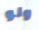
ولو